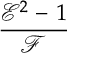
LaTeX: \frac { { \mathcal { E } } ^ { 2 } - \, 1 } { \mathcal { F } }